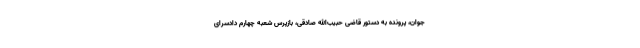
جوان، پرونده به دستور قاضی حبیب‌الله صادقی، بازپرس شعبه چهارم دادسرای